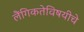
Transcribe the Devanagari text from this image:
लैंगिकतेविषयीचे